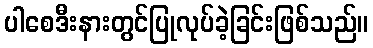
ပါစေဒီးနားတွင်ပြုလုပ်ခဲ့ခြင်းဖြစ်သည်။